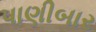
પાણીબાર